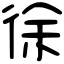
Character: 徐